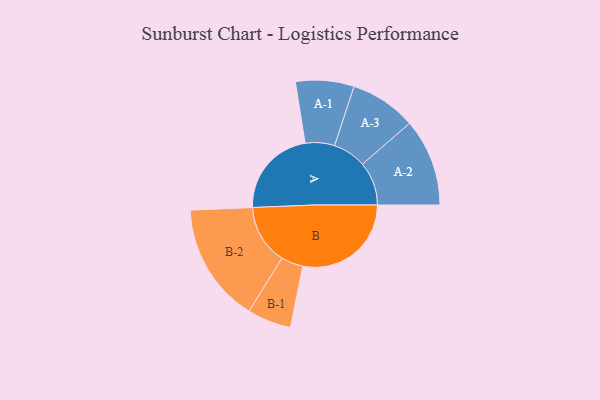
{"axis": {"x": "Segment", "y": "Value"}, "legend": ["", "A", "B"], "data": [{"x": "A", "y": 406, "type": ""}, {"x": "B", "y": 494, "type": ""}, {"x": "A-1", "y": 133, "type": "A"}, {"x": "A-2", "y": 199, "type": "A"}, {"x": "A-3", "y": 151, "type": "A"}, {"x": "B-1", "y": 100, "type": "B"}, {"x": "B-2", "y": 272, "type": "B"}]}